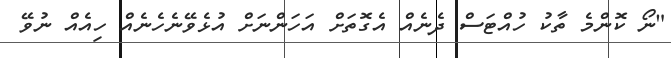
"ނޯ ކޮންމެ ތާކު ހުއްޓަސް ދެނެއް އެގޮތަށް އަހަންނަށް އުޅެވޭނެހެނެއް ހިއެއް ނުވޭ